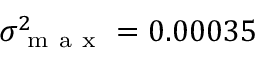
\sigma _ { \mathrm { ~ m ~ a ~ x ~ } } ^ { 2 } = 0 . 0 0 0 3 5